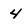
Character: 4